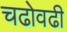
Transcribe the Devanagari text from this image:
चढोवढी